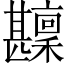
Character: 𤯑